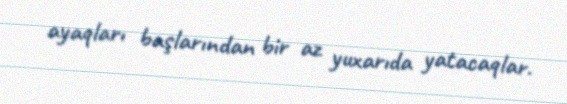
ayaqları başlarından bir az yuxarıda yatacaqlar.